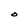
Character: O